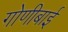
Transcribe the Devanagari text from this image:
गोणीबाई